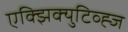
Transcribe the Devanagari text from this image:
एक्झिक्युटिव्ह्ज